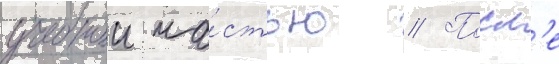
учебнои ча́стью // Посл'е